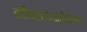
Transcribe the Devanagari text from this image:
बंदीप्रत्यक्षीकरण